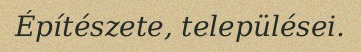
Építészete, települései.